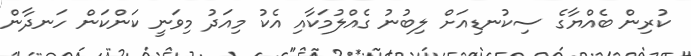
ކުރިން ބެއްޔާގެ ސިކުނޑިއަށް ލިބުނު ގެއްލުމަކާއި އެކު މިއަދު މިވަނީ ކަންކަން ހަނދާން